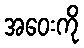
အဝေးကို